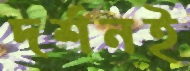
দর্শনই